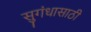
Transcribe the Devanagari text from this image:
सुगंधासाठी